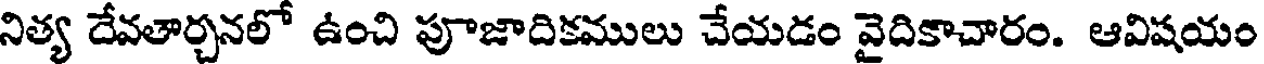
నిత్య దేవతార్చనలో ఉంచి పూజాదికములు చేయడం వైదికాచారం. ఆవిషయం